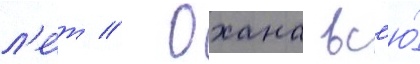
л'е́т // Охана вс'ю́